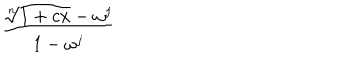
LaTeX: { \frac { \root n \of { 1 + c x } - \omega ^ { j } } { 1 - \omega ^ { j } } }